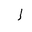
Letter: _alif